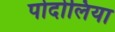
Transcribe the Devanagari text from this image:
पोदोलिया